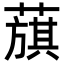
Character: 𦻬